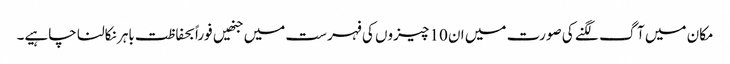
مکان میں آگ لگنے کی صورت میں ان 10 چیزوں کی فہرست میں جنھیں فوراً بحفاظت باہر نکالنا چاہیے۔